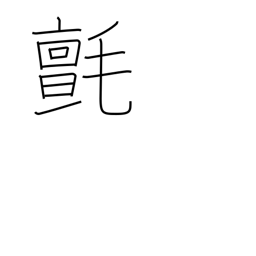
Meaning: woollen cloth or rug